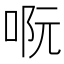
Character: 𠴉